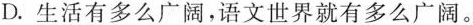
D.生活有多么广阔，语文世界就有多么广阔。